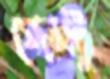
পেন্টু